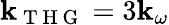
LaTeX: \textbf{k}_{\mathrm{~T~H~G~}}=3\textbf{k}_{\omega}